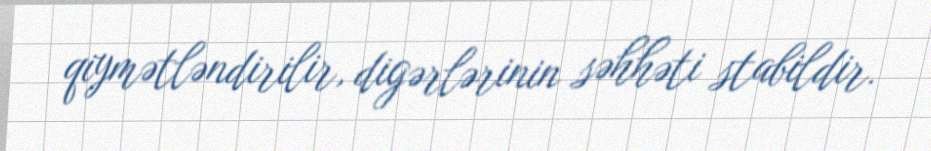
qiymətləndirilir, digərlərinin səhhəti stabildir.